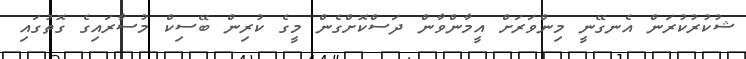
ޝުކުރުކުރަން އެނގޭނީ މިންވަރަށް އީމާންވާން ދަސްކޮށްގެން މީގެ ކުރިން ބޭސިކް މުސާރައިގެ ގޮތުގައި